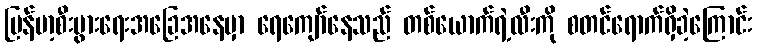
မြန်မာ့စီးပွားရေးအခြေအနေမှာ ရေကျော်နေသည် တစ်ယောက်ရဲ့လီးကို စတင်ရောက်ရှိခဲ့ကြောင်း